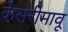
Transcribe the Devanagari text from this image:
केसरीमावू